system: You are a helpful assistant.
user:
Analyze the provided spectrum to determine if it is a **Carbon Star (C-type)**.

- **Key Visual Indicators of Carbon Star:**
    - **(Primary):** Strong molecular absorption from **C₂ (diatomic carbon) "Swan Bands."** This is the **defining feature** of a carbon star.
        - **(Key Bandheads):** Sharp absorption edges are visible at approximately $5635$ Å, $5165$ Å (the strongest band), and $4737$ Å.
        - **(Line Profile):** Creates a distinct **"saw-tooth"** pattern. The key morphology is a sharp, steep bandhead on the **red (long-wavelength) side**, which then gradually tapers off (i.e., flux recovers) towards the **blue (short-wavelength) side**. *(This is the direct opposite of the TiO bands seen in M-type stars)*.

    - **(Secondary):** Intense **CN (cyanogen)** molecular absorption bands.
        - **(Key Bandheads):** Located in the blue and violet regions of the spectrum (e.g., near $4215$ Å and $3883$ Å).
        - **(Morphology):** These bands are extremely broad and act as a "blanket," absorbing the vast majority of blue and violet light. This creates a characteristic **"cliff"** or **"steep drop-off"** in the spectrum's flux at short wavelengths.

    - **(Key Confirmation):** Strong **CH absorption band (G-band)**.
        - **(Key Bandhead):** Located around $4300$ Å. The contribution from CH molecules to this band is exceptionally strong.

    - **(Overall Spectrum):**
        - The continuum is severely "chopped up" by these deep molecular bands, especially C₂, rather than appearing as a smooth curve.
        - Due to the heavy CN and C₂ absorption in the blue-green, the vast majority of the star's flux is concentrated in the red part of the spectrum, giving the star its characteristic deep red color.

Think first, call **spectral_visualization_tool** if needed to examine features in detail, then provide your final answer. Your response must adhere to the following strict rules:
1.  **Overall Structure:** Your response must follow the format `<think>...</think> <tool_call>...</tool_call> (if a tool is used) <answer>...</answer>`.
2.  **Tool Usage Constraint:** You may only make **one** tool call per turn.
3.  **Final Answer Format:** In the `<answer>` tag, your conclusion must be inside a `\boxed{}` command (e.g., `\boxed{YES}`), followed by your justification.

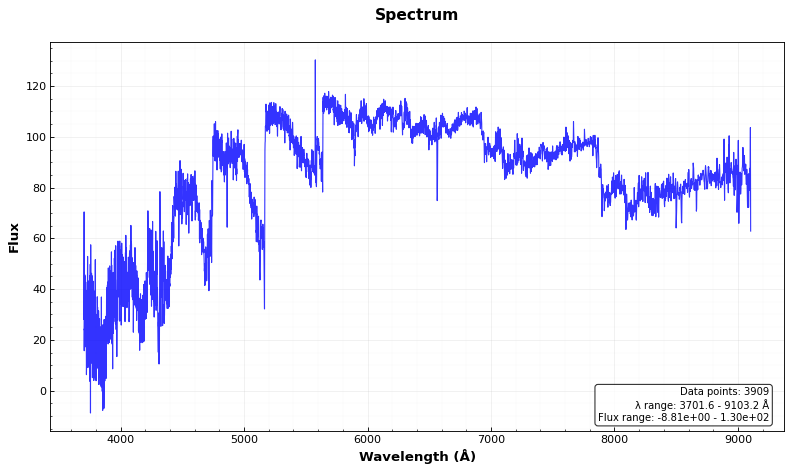
Answer: YES